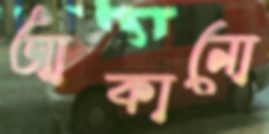
আকানো